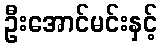
ဦးအောင်မင်းနှင့်